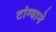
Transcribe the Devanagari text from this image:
टांग्याने